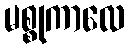
မစ္စုကာလေ